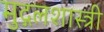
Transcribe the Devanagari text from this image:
मुद्गलशास्त्री